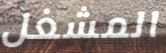
المشغل